Lunatic asylums Central Provinces reports 1886-1894 - 1886-1894
Year: 1886
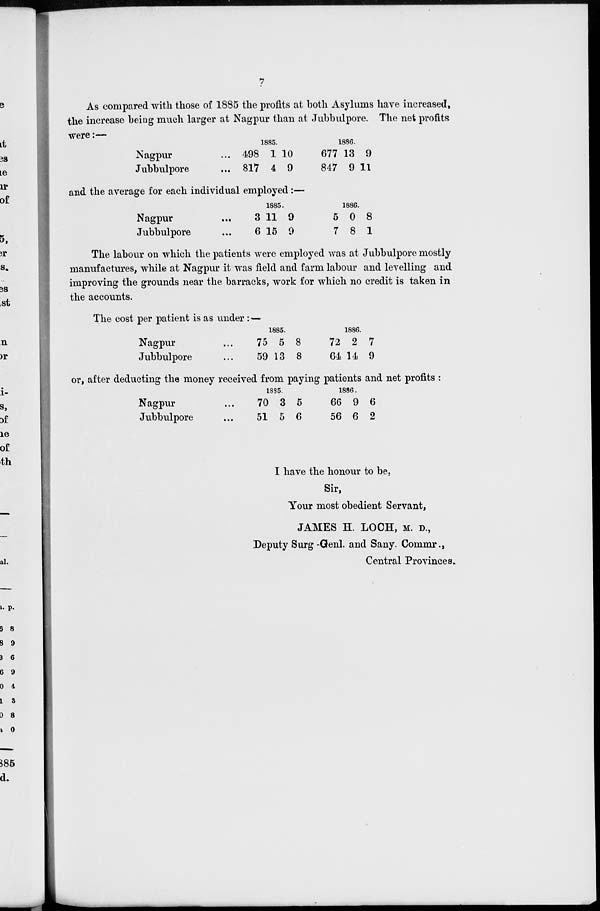
7
As compared with those of 1885 the profits at both Asylums have increased,
the increase being much larger at Nagpur than at Jubbulpore. The net profits
were:—
Nagpur ...
Jubbulpore ...
1885.
498
817
1
4
10
9
1886.
677
847
13
9
9
11
and the average for each individual employed:—
Nagpur ...
Jubbulpore ...
1885.
3
6
11
15
9
9
1886.
5
7
0
8
8
1
The labour on which the patients were employed was at Jubbulpore mostly
manufactures, while at Nagpur it was field and farm labour and levelling and
improving the grounds near the barracks, work for which no credit is taken in
the accounts.
The cost per patient is as under : —
Nagpur ...
Jubbulpore ...
1885.
75
59
5
13
8
8
1886.
72
64
2
14
7
9
or, after deducting the money received from paying patients and net profits :
Nagpur ...
Jubbulpore ...
1885.
70
51
3
5
5
6
1886.
66
56
9
6
6
2
I have the honour to be,
Sir,
Your most obedient Servant,
JAMES H. LOCH, M. D.,
Deputy Surg -Genl. and Sany. Commr.,
Central Provinces.